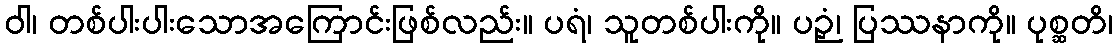
ဝါ၊ တစ်ပါးပါးသောအကြောင်းဖြစ်လည်း။ ပရံ၊ သူတစ်ပါးကို။ ပဉှံ၊ ပြဿနာကို။ ပုစ္ဆတိ၊